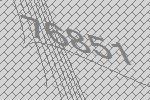
76851